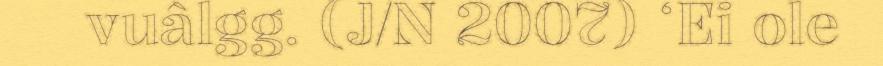
vuâlgg. (J/N 2007) ‘Ei ole